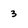
Character: 3